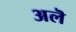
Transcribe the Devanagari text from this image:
अलॆ